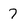
Character: 7